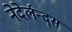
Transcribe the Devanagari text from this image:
नेदेर्लन्द्स